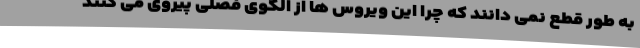
به طور قطع نمی دانند که چرا این ویروس ها از الگوی فصلی پیروی می کنند